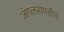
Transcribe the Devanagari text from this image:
जंगलसंपत्तीने